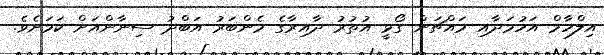
އިލްހާމް އަހުމަދާއި މައްޗަން ގޯޅީ އުތުރު ދާއިރާގެ މެންބަރު އަބްދު ސިނާންއަށް ކަމަށެވެ.